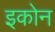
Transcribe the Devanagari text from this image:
इकोन